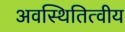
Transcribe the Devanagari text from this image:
अवस्थितित्वीय